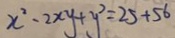
x ^ { 2 } - 2 x y + y ^ { 2 } = 2 5 + 5 6